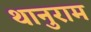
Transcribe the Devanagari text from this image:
थानुराम